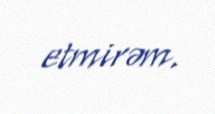
etmirəm.